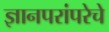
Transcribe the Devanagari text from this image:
ज्ञानपरांपरेचे